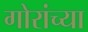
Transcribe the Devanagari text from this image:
गोरांच्या